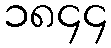
၁၈၄၄